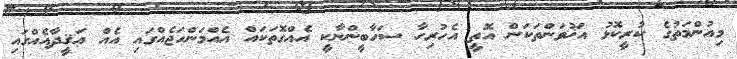
މިއުންމަތުގެ ކުރީކޮޅު އަޚުވަންތަކަން އޮތީ އެހުރިހާ ސަހާބީންނާކީ އެއްގޮތަކައް އެއްމަންހަޖެއްގައި އެއް ޢަޤީދާއެއްގައި